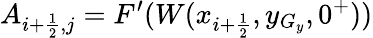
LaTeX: A_{i+\frac{1}{2},j}=F^{\prime}(W(x_{i+\frac{1}{2}},y_{G_{y}},0^{+}))